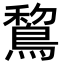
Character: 鵹